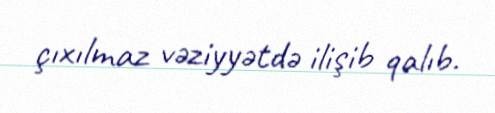
çıxılmaz vəziyyətdə ilişib qalıb.